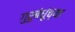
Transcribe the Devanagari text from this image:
गुरुबंधूंच्या